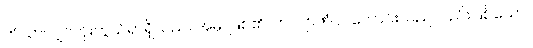
ကံသာလျှင်ကိုးကွယ်ရာရှိသည်။ အမှိ၊ ဖြစ်၏။ ကလျာဏံဝါ၊ ကောင်းသည်လည်းဖြစ်သော။